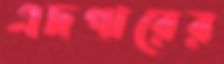
এদগারের